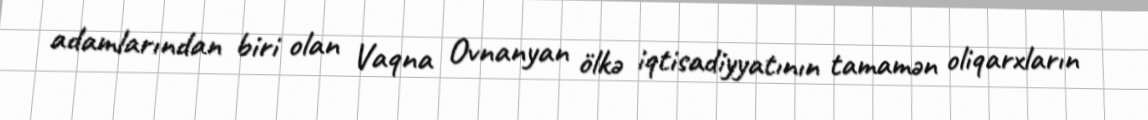
adamlarından biri olan Vaqna Ovnanyan ölkə iqtisadiyyatının tamamən oliqarxların